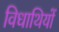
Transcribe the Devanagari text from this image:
विधाथियों